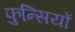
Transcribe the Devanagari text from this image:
फुन्सियों